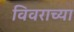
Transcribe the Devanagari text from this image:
विवराच्या